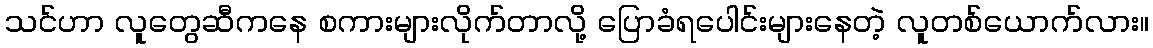
သင်ဟာ လူတွေဆီကနေ စကားများလိုက်တာလို့ ပြောခံရပေါင်းများနေတဲ့ လူတစ်ယောက်လား။